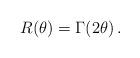
LaTeX: \begin{align*}R(\theta)=\Gamma(2\theta)\,.\end{align*}